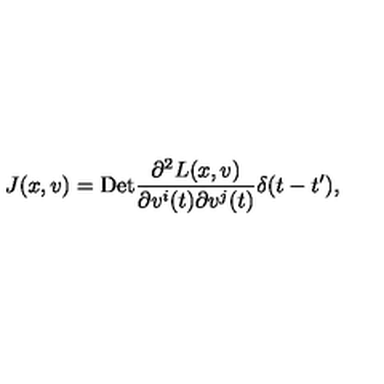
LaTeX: J ( x , v ) = \mathrm { D e t } \frac { \partial ^ { 2 } L ( x , v ) } { \partial v ^ { i } ( t ) \partial v ^ { j } ( t ) } \delta ( t - t ^ { \prime } ) ,